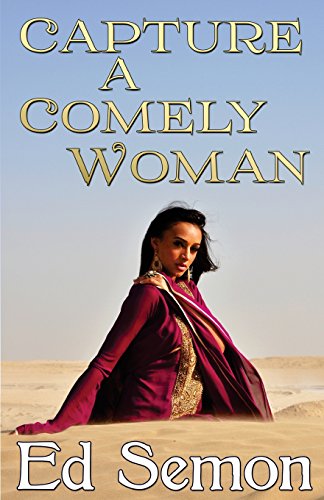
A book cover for Capture a Comely Woman; Ed Semon; Romance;